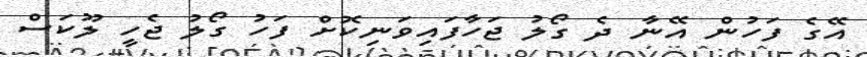
އޭގެ ފަހުން އޭނާ ދެ ގޯލު ޖަހާފައިވަނިކޮށް ފަހު ގޯލު ޖެހީ ލޫކަސް